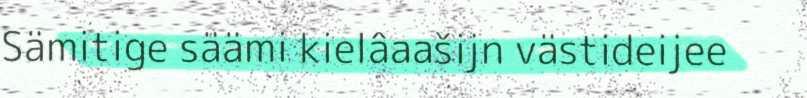
Sämitige säämi kielâaašijn västideijee